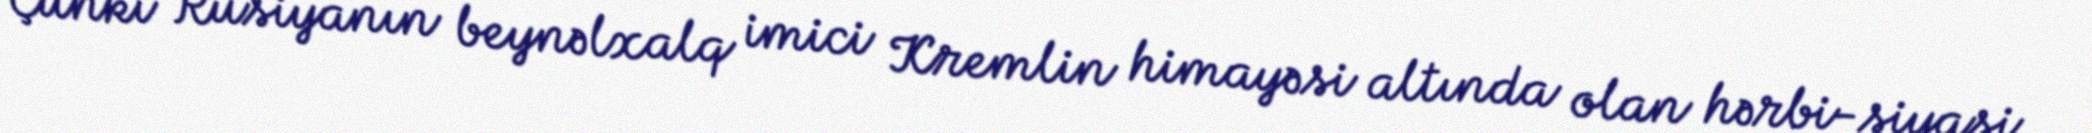
Çünki Rusiyanın beynəlxalq imici Kremlin himayəsi altında olan hərbi-siyasi